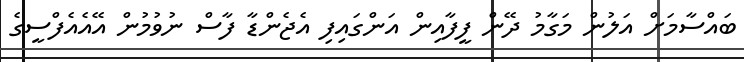
ބައްސާމަށް އަލުން މަގާމު ދޭން ފީފާއިން އަންގައިފި އެޖެންޑާ ފާސް ނުވުމުން އޭއެއެފްސީގެ